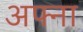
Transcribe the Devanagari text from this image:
अफ्ना